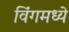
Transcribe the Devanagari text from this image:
विंगमध्ये